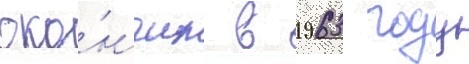
око́нчил в 1963 году